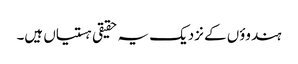
ہندوؤں کے نزدیک یہ حقیقی ہستیاں ہیں۔